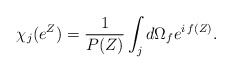
\begin{align*}\chi_j(e^Z) = {1\over P(Z)} \int_j d\Omega_f e^{i\,f(Z)}.\end{align*}